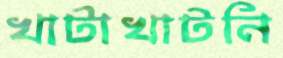
খাটাখাটনি